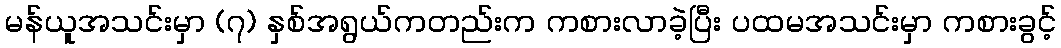
မန်ယူအသင်းမှာ (၇) နှစ်အရွယ်ကတည်းက ကစားလာခဲ့ပြီး ပထမအသင်းမှာ ကစားခွင့်